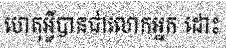
ហេតុអ្វីបានជាលោកអ្នក ដោះ